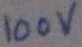
Text: 100V